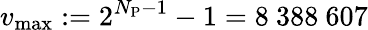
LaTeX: v_{\mathrm{max}}:=2^{N_{\mathrm{P}}-1}-1=8~388~607